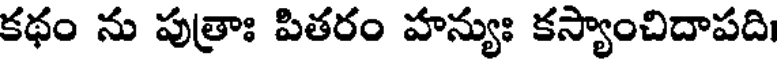
కథం ను పుత్రాః పితరం హన్యుః కస్యాంచిదాపది।